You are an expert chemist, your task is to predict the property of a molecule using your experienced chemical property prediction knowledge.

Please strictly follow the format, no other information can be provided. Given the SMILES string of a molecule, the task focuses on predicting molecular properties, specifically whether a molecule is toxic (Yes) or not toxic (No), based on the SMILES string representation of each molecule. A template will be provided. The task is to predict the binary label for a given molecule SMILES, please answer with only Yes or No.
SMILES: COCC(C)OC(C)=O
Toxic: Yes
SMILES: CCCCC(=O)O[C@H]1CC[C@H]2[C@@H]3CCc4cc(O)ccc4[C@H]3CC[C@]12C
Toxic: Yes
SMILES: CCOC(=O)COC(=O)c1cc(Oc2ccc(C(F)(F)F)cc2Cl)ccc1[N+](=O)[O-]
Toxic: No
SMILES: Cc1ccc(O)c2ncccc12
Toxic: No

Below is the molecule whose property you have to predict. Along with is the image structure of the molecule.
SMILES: C[C@]12CC[C@H]3[C@@H](C=CC4=CC(=O)CC[C@@]43C)[C@@H]1CC[C@@]2(O)CCC(=O)[O-]
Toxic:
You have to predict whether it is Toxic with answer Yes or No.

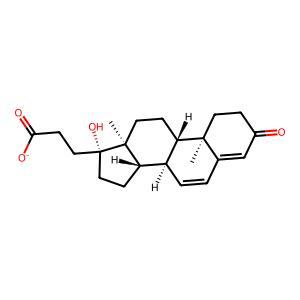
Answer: Yes